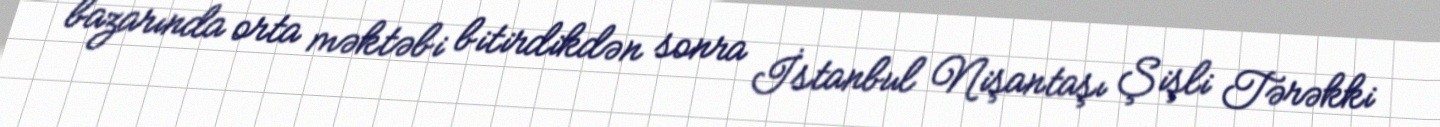
bazarında orta məktəbi bitirdikdən sonra İstanbul Nişantaşı Şişli Tərəkki